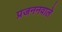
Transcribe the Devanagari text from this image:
प्रजननवाले